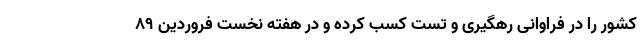
کشور را در فراوانی رهگیری و تست کسب کرده و در هفته نخست فروردین ۸۹